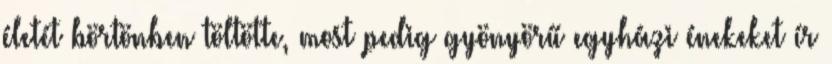
életét börtönben töltötte, most pedig gyönyörű egyházi énekeket ír